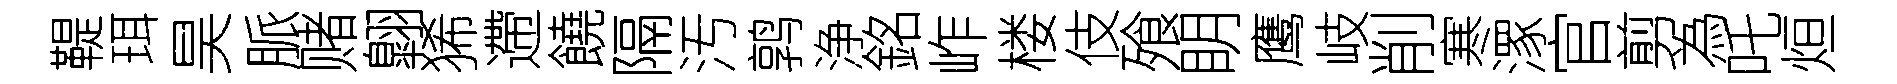
鞮珥昊脈赌翺狶遰饒隔汚鹑浄銘岞楼伎飱眀鹰岐削寒潈官剪為吒烜